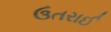
ઉતરાઈ